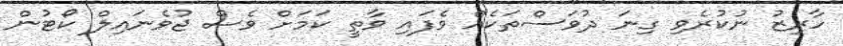
ހާރިޒު ނުކުރެވި ގިނަ ދުވަސްތަކެއް ވެފައި ވާތީ ކަމަށް ވެސް ޖުވެނައިލް ކޯޓުން